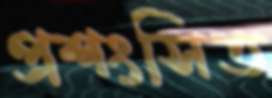
প্রশংসিত